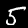
Digit: 5